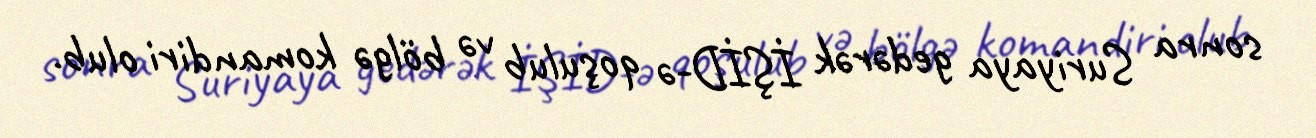
sonra Suriyaya gedərək İŞİD-ə qoşulub və bölgə komandiri olub.